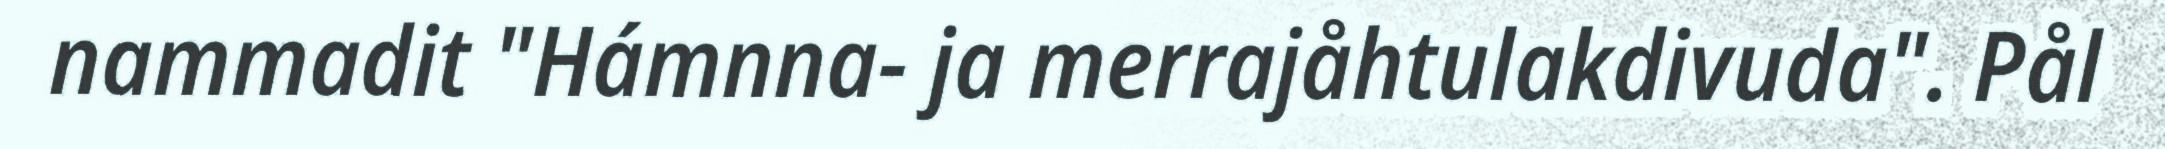
nammadit "Hámnna- ja merrajåhtulakdivuda". Pål